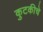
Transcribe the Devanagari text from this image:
कुटकीचे